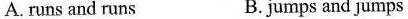
A. runs and runs B. jumps and jumps